Civil Veterinary Dept. Bombay admin report 1893-99 - 1893-1899
Year: 1893
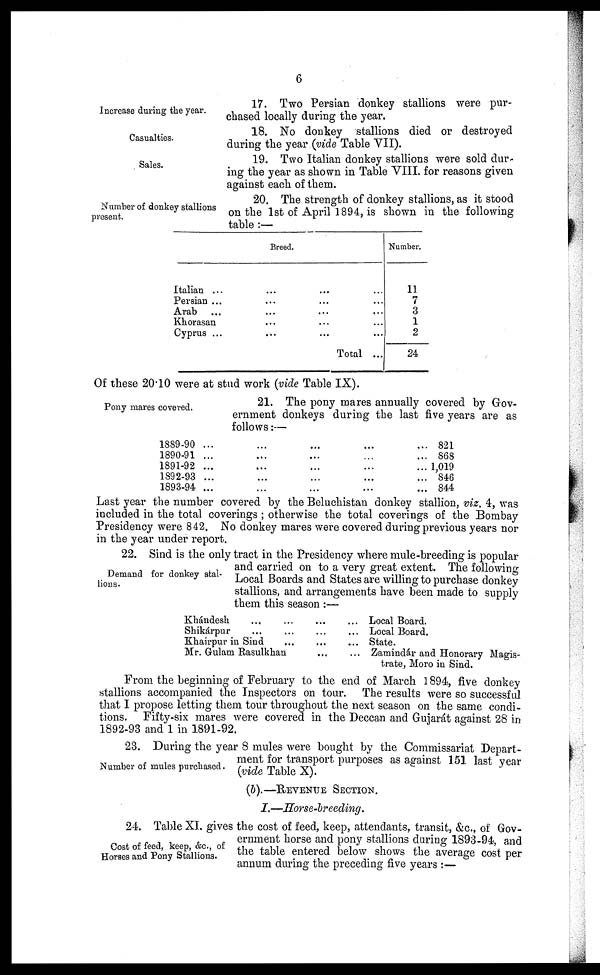
6
Increase during the year.
17. Two Persian donkey stallions were pur-
chased locally during the year.
Casualties.
18. No donkey stallions died or destroyed
during the year (vide Table VII).
Sales.
19. Two Italian donkey stallions were sold dur-
ing the year as shown in Table VIII. for reasons given
against each of them.
Number of donkey stallions
present.
20. The strength of donkey stallions, as it stood
on the 1st of April 1894, is shown in the following
table:—
Breed.
Italian ... ... ... ...
Persian ...
...
...
...
Arab
...
...
...
...
Khorasan
...
...
...
Cyprus ...
...
...
Total ...
Number.
11
7
3
1
2
24
Of these 20.10 were at stud work (vide Table IX).
Pony mares covered.
21. The pony mares annually covered by Gov-
ernment donkeys during the last five years are as
follows:—
1889-90 ... ... ... ... ...
1890-91 ... ... ... ... ...
1891-92 ... ... ... ... ...
1892-93 ... ... ... ... ...
1893-94 ... ... ... ... ...
821
868
1,019
846
844
Last year the number covered by the Beluchistan donkey stallion, viz, 4, was
included in the total coverings; otherwise the total coverings of the Bombay
Presidency were 842. No donkey mares were covered during previous years nor
in the year under report.
Demand for donkey stal-
lions.
22. Sind is the only tract in the Presidency where mule-breeding is popular
and carried on to a very great extent. The following
Local Boards and States are willing to purchase donkey
stallions, and arrangements have been made to supply
them this season:—
Khándesh ... ... ... ...
Shikárpur ... ... ... ...
Khairpur in Sind ... ... ...
Mr. Gulam Rasulkhan ... ...
Local Board.
Local Board.
State.
Zamindár and Honorary Magis-
trate, Moro in Sind.
From the beginning of February to the end of March 1894, five donkey
stallions accompanied the Inspectors on tour. The results were so successful
that I propose letting them tour throughout the next season on the same condi-
tions. Fifty-six mares were covered in the Deccan and Guiarát against 28 in
1892-93 and 1 in 1891-92.
Number of mules purchased.
23. During the year 8 mules were bought by the Commissariat Depart-
ment for transport purposes as against 151 last year
(vide Table X).
(b).—REVENUE SECTION.
I.—Horse-breeding.
Cost of feed, keep, &c., of
Horses and Pony Stallions.
24. Table XI. gives the cost of feed, keep, attendants, transit, &c., of Gov-
ernment horse and pony stallions during 1893-94, and
the table entered below shows the average cost per
annum during the preceding five years:—